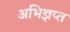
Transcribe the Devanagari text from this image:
अभिज्ञप्त